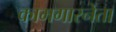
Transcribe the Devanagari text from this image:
कामगारनेता